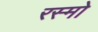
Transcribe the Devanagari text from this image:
रस्मो